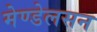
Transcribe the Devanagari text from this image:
मेण्डेलसन